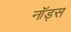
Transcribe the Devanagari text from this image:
नॉड्स